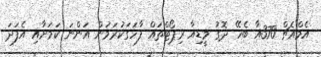
އެމްއެޗް 370އާ ބެހޭ ދޮގު މީޑިއާ ރިޕޯޓްތައް ފާހަގަކުރަމުން އަންނަ ކަމަށާއި އެފަދަ